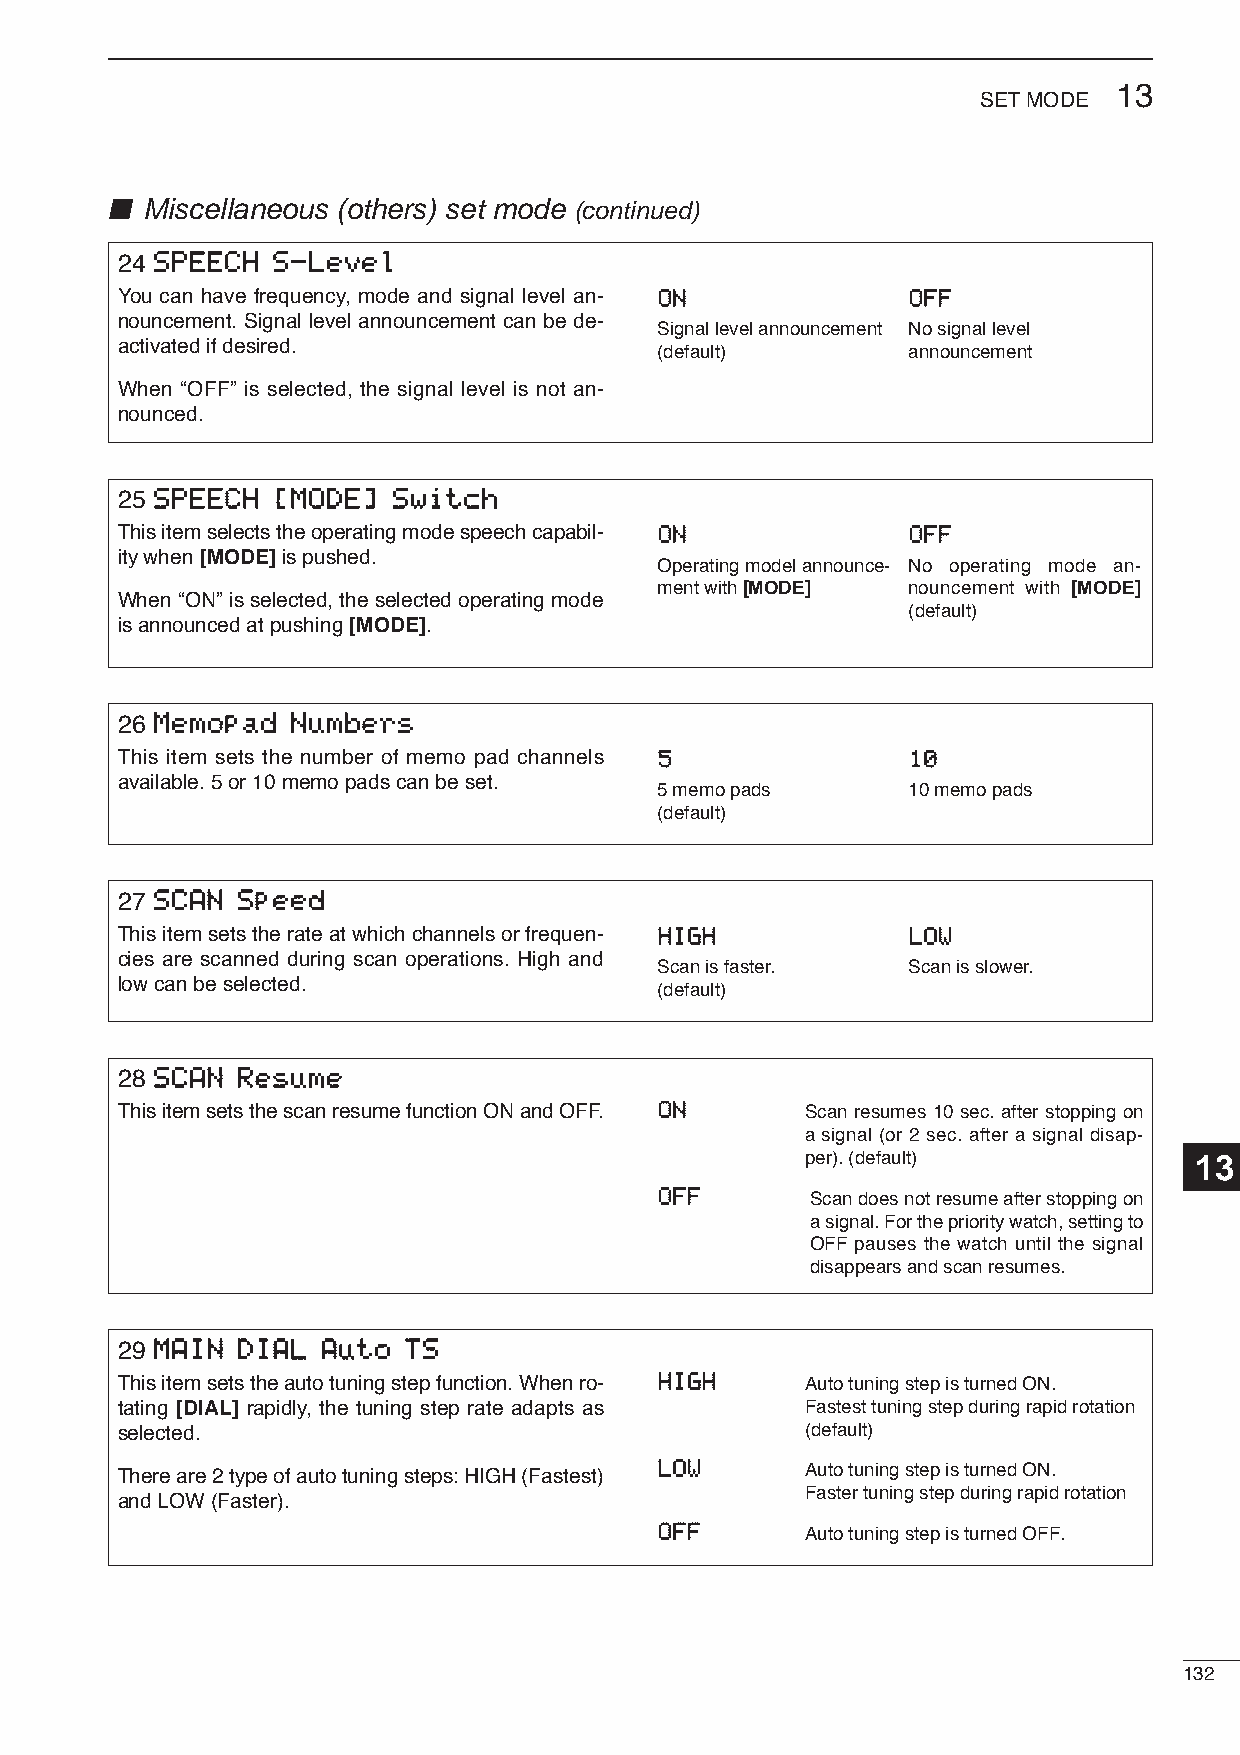
13
 SETMODE
 ■ Miscellaneous (others) set mode (continued)
 24 SSPPEEEECCHH SS--LLeevveell
 You can have frequency, mode and signal level an- OONN OOFFFF
 nouncement. Signal level announcement can be de-
 Signal level announcement No signal level
 activated if desired.
 (default)        announcement
 When “OFF” is selected, the signal level is not an-
 nounced.
 25 SSPPEEEECCHH [[MMOODDEE]] SSwwiittcchh
 This item selects the operating mode speech capabil- OONN OOFFFF
 ity when [MODE]is pushed.
 Operating model announce- No operating mode an-
 ment with [MODE] nouncement with [MODE]
 When “ON” is selected, the selected operating mode
 (default)
 is announced at pushing [MODE].
 26 MMeemmooppaadd NNuummbbeerrss
 This item sets the number of memo pad channels 55   1100
 available. 5 or 10 memo pads can be set.
 5 memo pads      10 memo pads
 (default)
 27 SSCCAANN SSppeeeedd
 This item sets the rate at which channels or frequen- HHIIGGHH LLOOWW
 cies are scanned during scan operations. High and
 Scan is faster.  Scan is slower.
 low can be selected.
 (default)
 28 SSCCAANN RReessuummee
 This item sets the scan resume function ON and OFF. OONN Scan resumes 10 sec. after stopping on
 a signal (or 2 sec. after a signal disap-
 per). (default)           13
 OOFFFF
 Scan does not resume after stopping on
 a signal. For the priority watch, setting to
 OFF pauses the watch until the signal
 disappears and scan resumes.
 29 MMAAIINN DDIIAALL AAuuttoo TTSS
 This item sets the auto tuning step function. When ro- HHIIGGHH Auto tuning step is turned ON.
 tating [DIAL] rapidly, the tuning step rate adapts as Fastest tuning step during rapid rotation
 selected.                                    (default)
 LLOOWW
 There are 2 type of auto tuning steps: HIGH (Fastest) Auto tuning step is turned ON.
 Faster tuning step during rapid rotation
 and LOW (Faster).
 OOFFFF   Auto tuning step is turned OFF.
 132